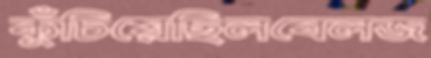
কুঁচিয়েছিলবেলজ